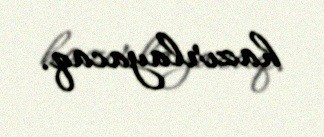
hazırlayacaq.